kultuurilooline_kollektsioon, lk 103
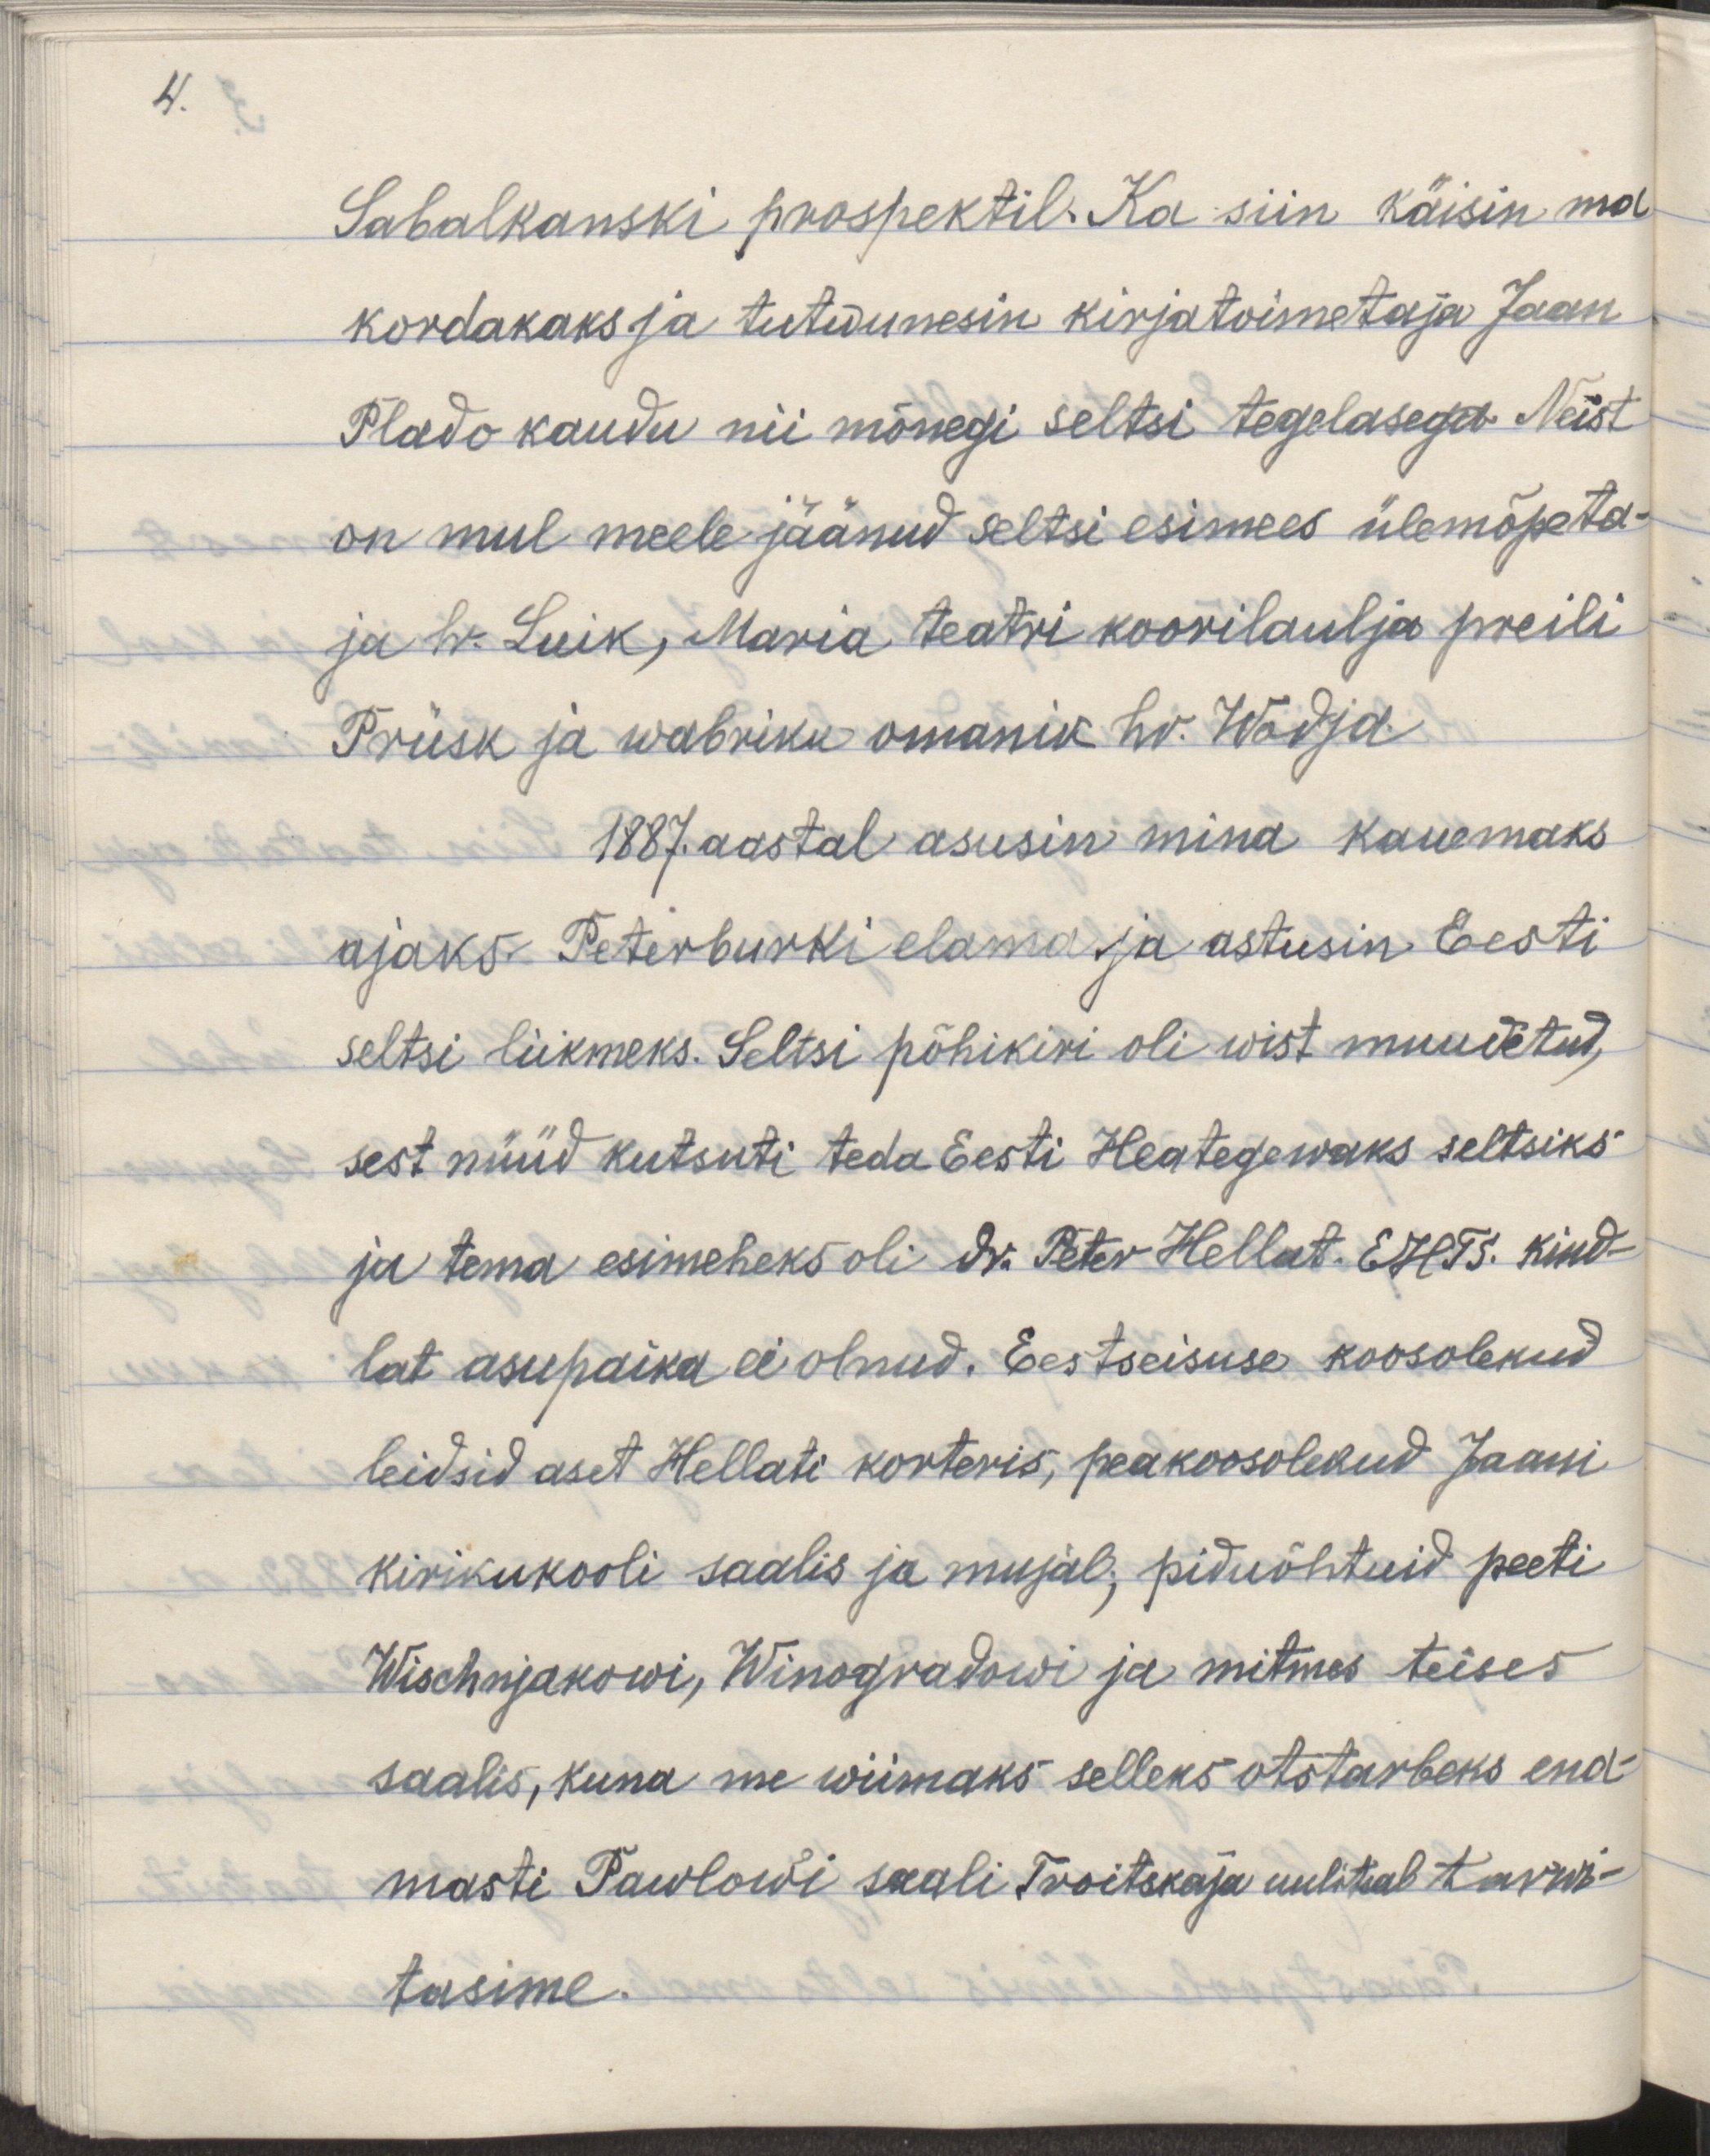
4.

Sabalkanski prospektil. Ka siin käisin ma 
kordakaks ja tutwunesin kirjatoimetaja Jaan 
Plado kaudu nii mõnegi seltsi tegelasega. Neist 
on mul meele jäänud seltsi esimees ülemõpeta-
ja hr. Luik, Maria teatri koorilaulja preili
Prüsk ja wabriku omanik hr. Wadja
1887. aastal asusin mina kauemaks 
ajaks Peterburki elama ja astusin Eesti
seltsi liikmeks. Seltsi põhikiri oli wist muudetud,
sest nüüd kutsuti teda Eesti Heategewaks seltsiks
ja tema esimeheks oli dr. Peter Hellat. EHTS. kind-
lat asupaika ei olnud. Eestseisuse koosolekud
leidsid aset Hellati korteris, peakoosolekud Jaani
kirikukooli saalis ja mujal, piduõhtuid peeti
Wischnjakowi, Winogradowi ja mitmes teises
saalis, kuna me wiimaks selleks otsarbeks ena-
masti Pawlowi saali Trotskaja uulitsal tarwi-
tasime.